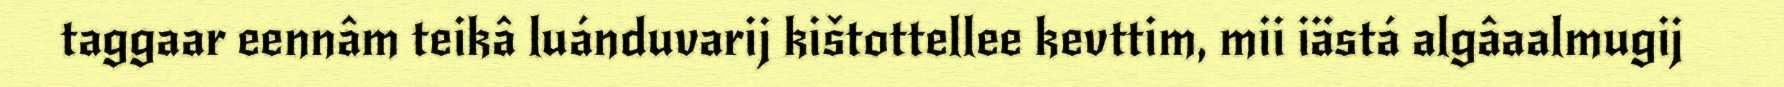
taggaar eennâm teikâ luánduvarij kištottellee kevttim, mii iästá algâaalmugij